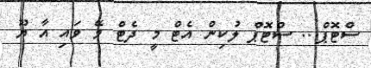
ސްޓޮޕް... ސްޓޮޕް ލުކިން އެޓް މީ ދެޓް ވޭ ވައި އާ ޔޫ